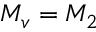
M _ { v } = M _ { 2 }